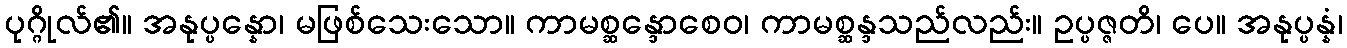
ပုဂ္ဂိုလ်၏။ အနုပ္ပန္နော၊ မဖြစ်သေးသော။ ကာမစ္ဆန္ဒောစေဝ၊ ကာမစ္ဆန္ဒသည်လည်း။ ဥပ္ပဇ္ဇတိ၊ ပေ။ အနုပ္ပန္နံ၊